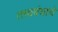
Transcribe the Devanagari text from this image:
तत्त्वबंधाचे